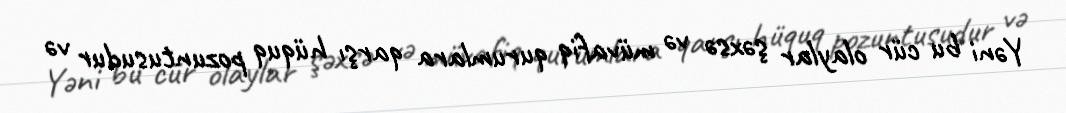
Yəni bu cür olaylar şəxsə və müvafiq qurumlara qarşı hüquq pozuntusudur və